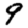
Digit: 9